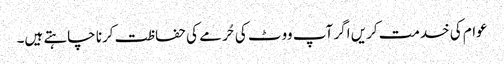
عوام کی خدمت کریں اگر آپ ووٹ کی حُرمے کی حفاظت کرنا چاہتے ہیں۔